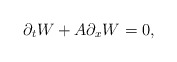
\begin{align*} \partial_t W + A\partial_x W =0,\end{align*}